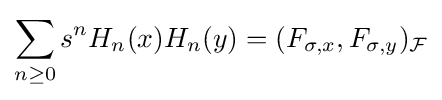
\sum _{n\geq 0}s^{n}H_{n}(x)H_{n}(y)=(F_{\sigma ,x},F_{\sigma ,y})_{\mathcal {F}}